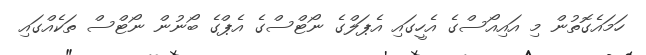
ހަމައެގޮތުން މި އައިއޯސްގެ އެހީގައި އެޕަލްގެ ނޯޓްސްގެ އެޕްގެ ބޯނުން ނޯޓްސް ތަކެއްގައި